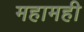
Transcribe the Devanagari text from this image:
महामही